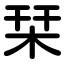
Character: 栞